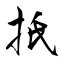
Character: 扺